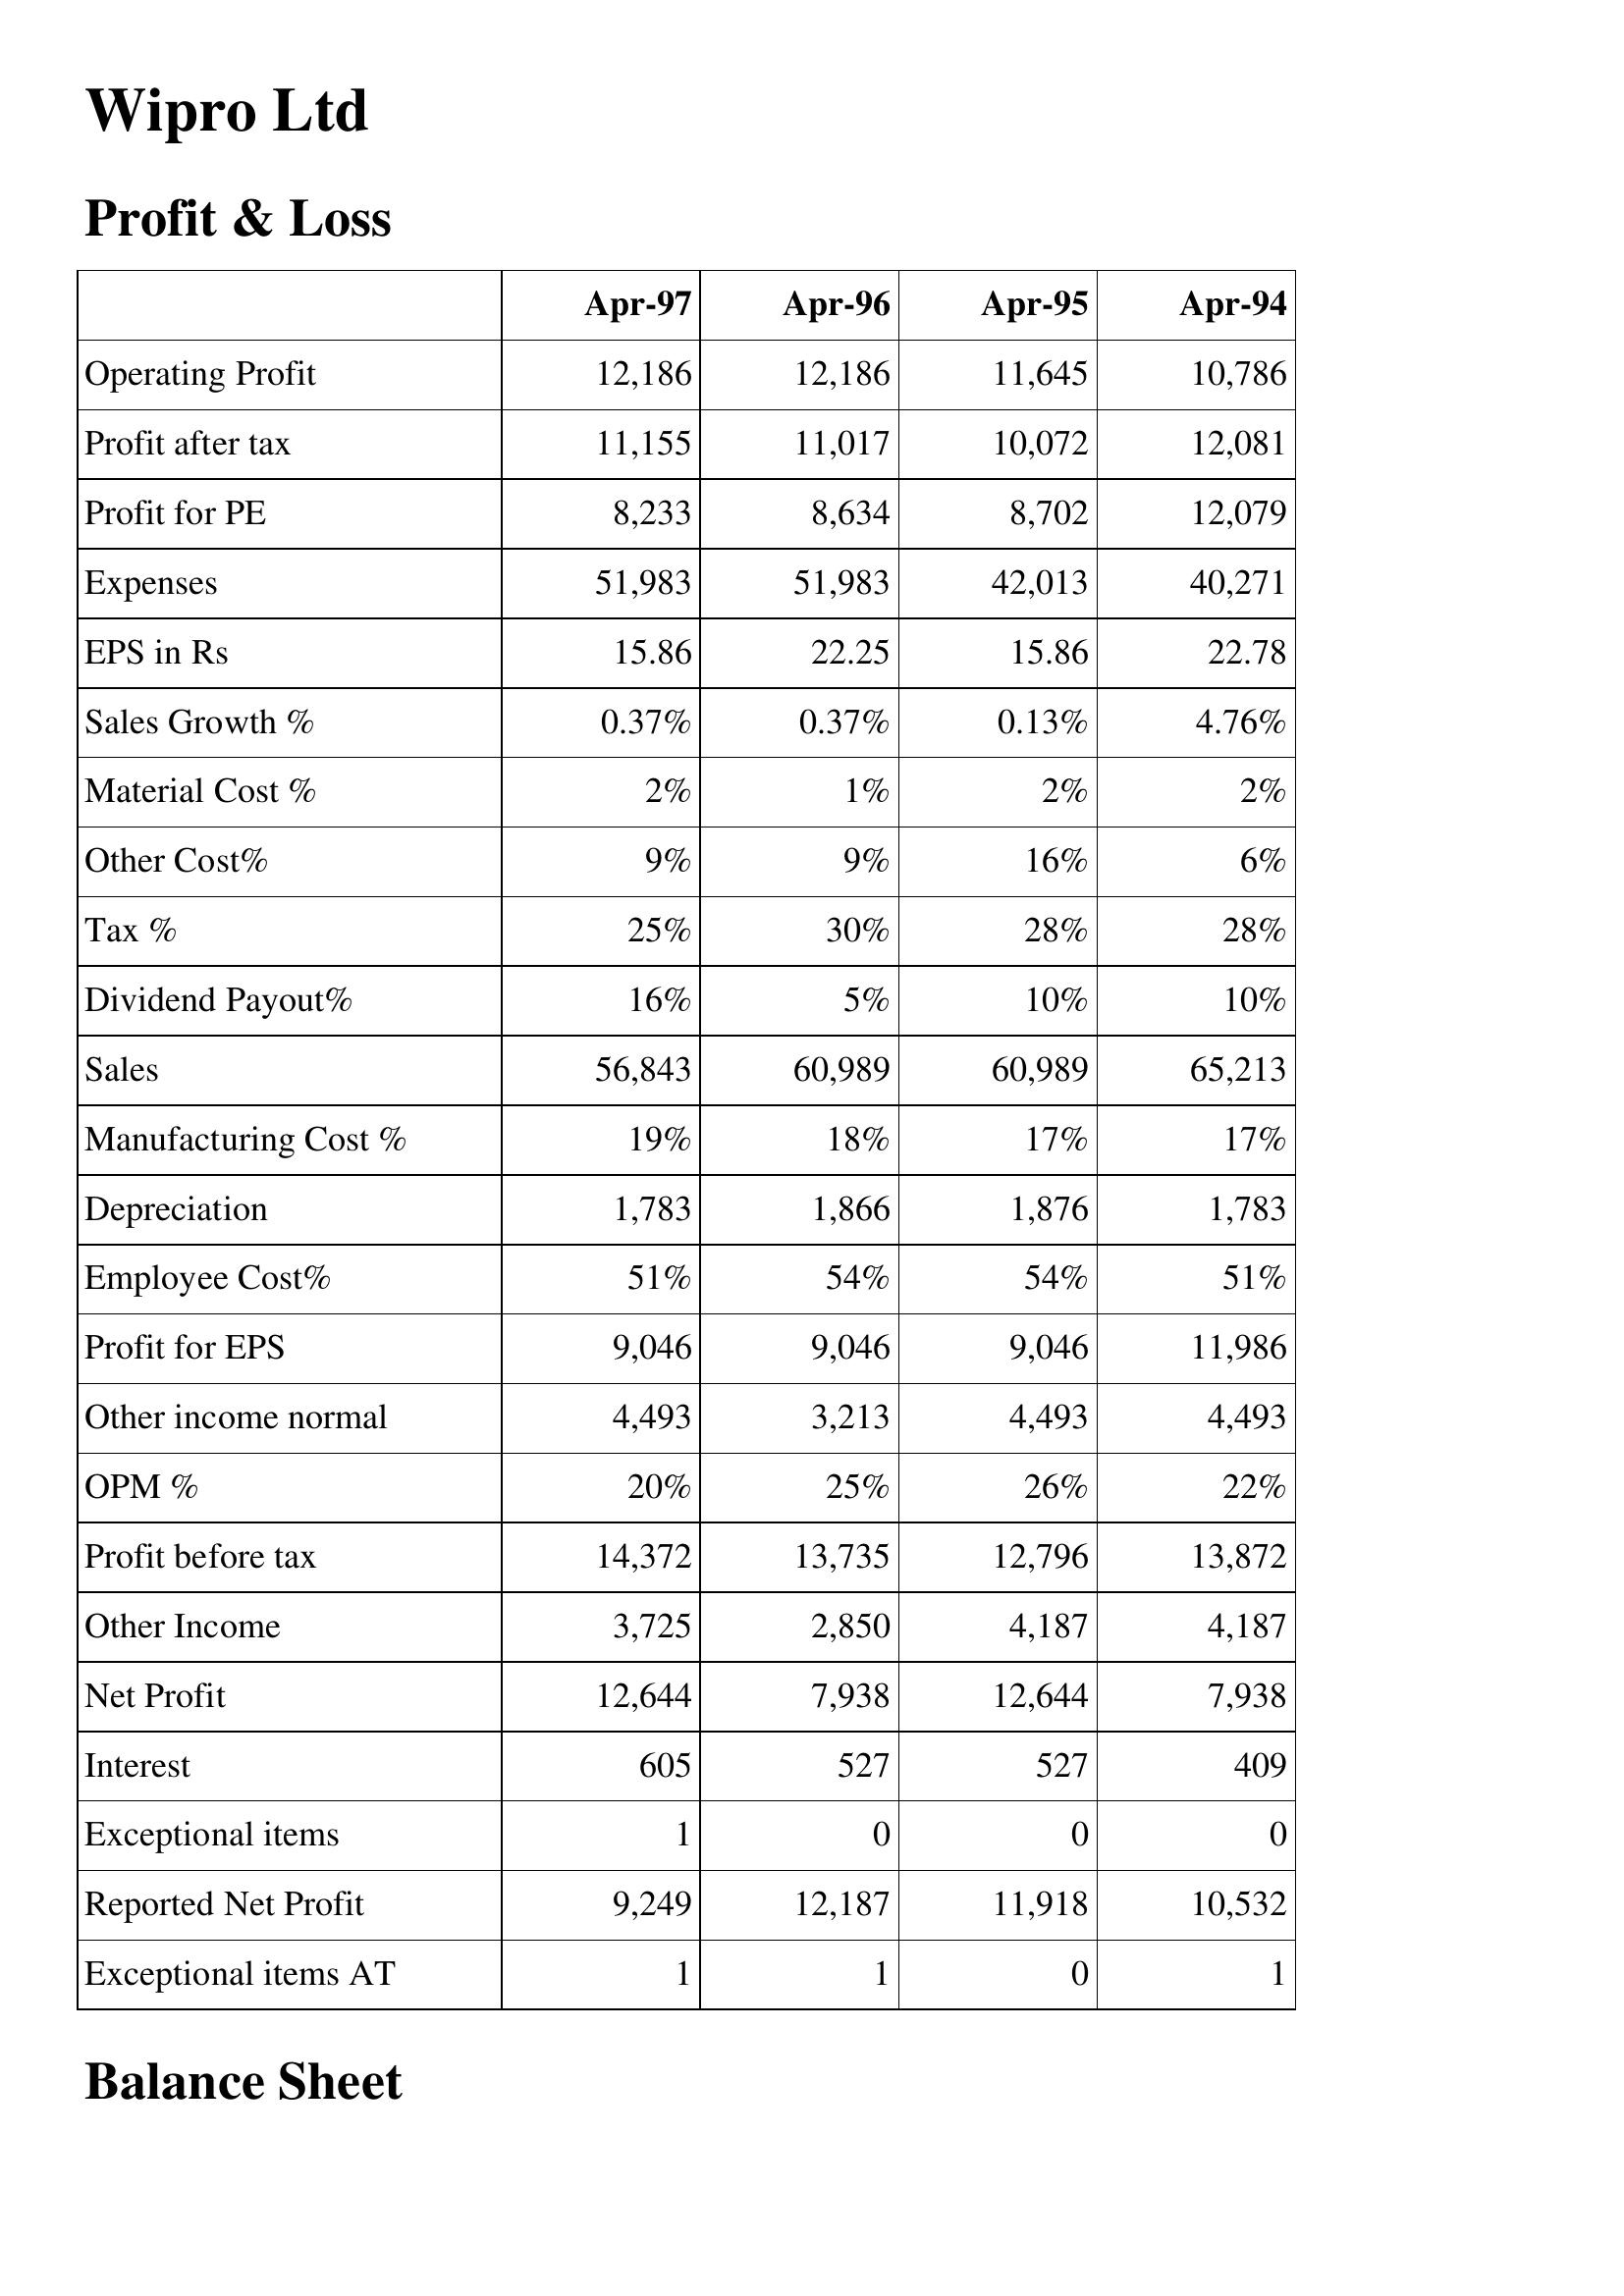
Apr-97: Profit & Loss: Operating Profit: 12,186
Profit after tax: 11,155
Profit for PE: 8,233
Expenses: 51,983
EPS in Rs: 15.86
Sales Growth %: 0.37%
Material Cost %: 2%
Other Cost%: 9%
Tax %: 25%
Dividend Payout%: 16%
Sales: 56,843
Manufacturing Cost %: 19%
Depreciation: 1,783
Employee Cost%: 51%
Profit for EPS: 9,046
Other income normal: 4,493
OPM %: 20%
Profit before tax: 14,372
Other Income: 3,725
Net Profit: 12,644
Interest: 605
Exceptional items: 1
Reported Net Profit: 9,249
Exceptional items AT: 1
Apr-96: Profit & Loss: Operating Profit: 12,186
Profit after tax: 11,017
Profit for PE: 8,634
Expenses: 51,983
EPS in Rs: 22.25
Sales Growth %: 0.37%
Material Cost %: 1%
Other Cost%: 9%
Tax %: 30%
Dividend Payout%: 5%
Sales: 60,989
Manufacturing Cost %: 18%
Depreciation: 1,866
Employee Cost%: 54%
Profit for EPS: 9,046
Other income normal: 3,213
OPM %: 25%
Profit before tax: 13,735
Other Income: 2,850
Net Profit: 7,938
Interest: 527
Exceptional items: 0
Reported Net Profit: 12,187
Exceptional items AT: 1
Apr-95: Profit & Loss: Operating Profit: 11,645
Profit after tax: 10,072
Profit for PE: 8,702
Expenses: 42,013
EPS in Rs: 15.86
Sales Growth %: 0.13%
Material Cost %: 2%
Other Cost%: 16%
Tax %: 28%
Dividend Payout%: 10%
Sales: 60,989
Manufacturing Cost %: 17%
Depreciation: 1,876
Employee Cost%: 54%
Profit for EPS: 9,046
Other income normal: 4,493
OPM %: 26%
Profit before tax: 12,796
Other Income: 4,187
Net Profit: 12,644
Interest: 527
Exceptional items: 0
Reported Net Profit: 11,918
Exceptional items AT: 0
Apr-94: Profit & Loss: Operating Profit: 10,786
Profit after tax: 12,081
Profit for PE: 12,079
Expenses: 40,271
EPS in Rs: 22.78
Sales Growth %: 4.76%
Material Cost %: 2%
Other Cost%: 6%
Tax %: 28%
Dividend Payout%: 10%
Sales: 65,213
Manufacturing Cost %: 17%
Depreciation: 1,783
Employee Cost%: 51%
Profit for EPS: 11,986
Other income normal: 4,493
OPM %: 22%
Profit before tax: 13,872
Other Income: 4,187
Net Profit: 7,938
Interest: 409
Exceptional items: 0
Reported Net Profit: 10,532
Exceptional items AT: 1